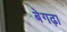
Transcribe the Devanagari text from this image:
बेगढ़ा